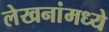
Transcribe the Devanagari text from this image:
लेखनांमध्ये